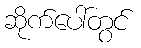
ဆိုက်ပေါ်တွင်